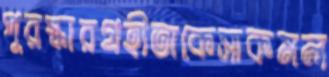
পুরস্কারগ্রহীতাকেসাকমল